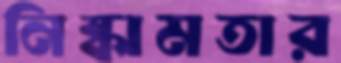
নিষ্কামতার